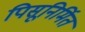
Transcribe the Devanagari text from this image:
पिसूनिर्मित